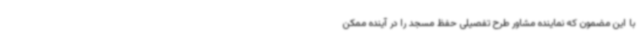
با این مضمون که نماینده مشاور طرح تفصیلی حفظ مسجد را در آینده ممکن